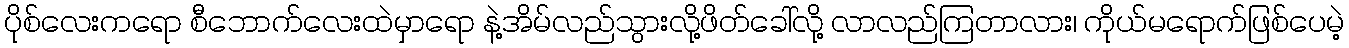
ပိုစ်လေးကရော စီဘောက်လေးထဲမှာရော နဲ့အိမ်လည်သွားလို့ဖိတ်ခေါ်လို့ လာလည်ကြတာလား၊ ကိုယ်မရောက်ဖြစ်ပေမဲ့